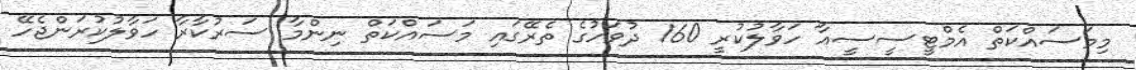
މިމަސައްކަތް އެމްޓީސީސީއާ ހަވާލުކުރީ 160 ދުވަހުގެ ތެރޭގައި މަސައްކަތް ނިންމާ ސަރުކާރާ ހަވާލުކުރަންޖެހޭ